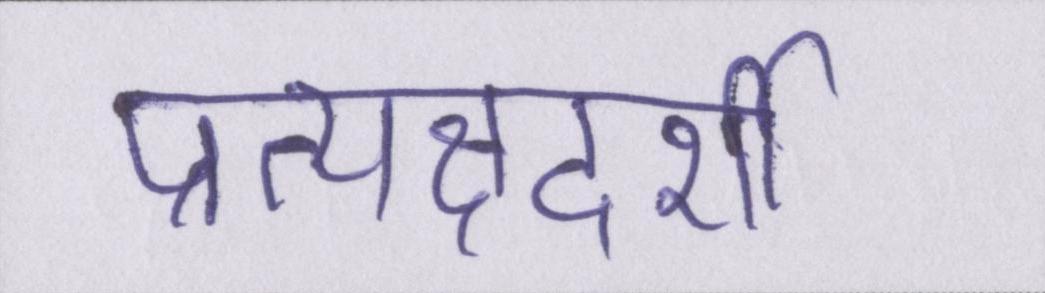
प्रत्यक्षदर्शी